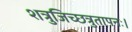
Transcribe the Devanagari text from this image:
शत्रुजिच्छत्रुतापनः।